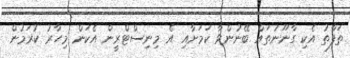
ތަފާތު އެކި ގާނޫނުތައް ބޭނުންވާ ކަމަށާއި އެ މިނިސްޓްރީން އެކަން މިހާރު ކުރަމުން